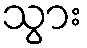
သွား